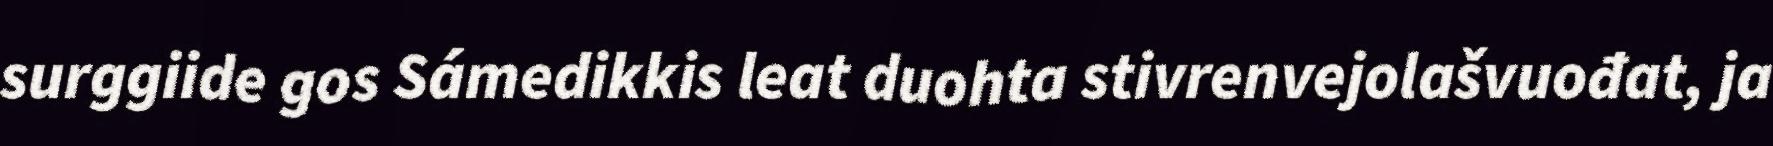
surggiide gos Sámedikkis leat duohta stivrenvejolašvuođat, ja